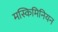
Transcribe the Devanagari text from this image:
मस्किमिनियन